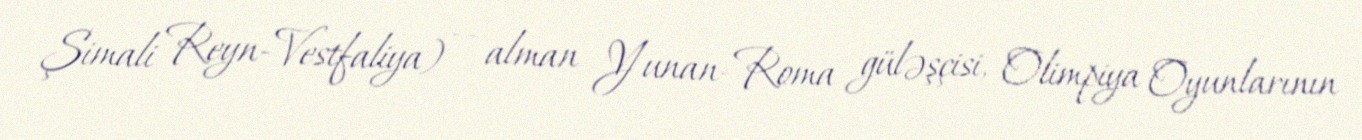
Şimali Reyn-Vestfaliya) — alman Yunan-Roma güləşçisi, Olimpiya Oyunlarının